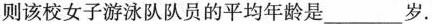
则该校女子游泳队队员的平均年龄是___岁.